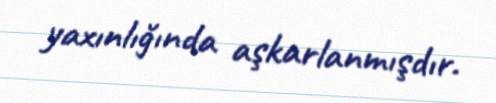
yaxınlığında aşkarlanmışdır.